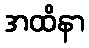
အထိနာ